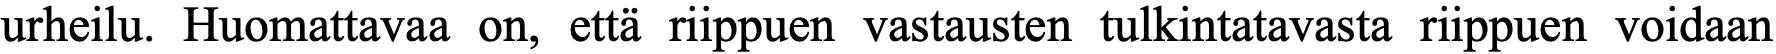
urheilu. Huomattavaa on, että riippuen vastausten tulkintatavasta riippuen voidaan